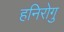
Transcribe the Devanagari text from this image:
हनिरोगु